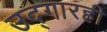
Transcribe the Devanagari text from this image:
उद्‌गारही